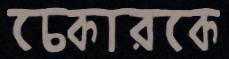
চেকারকে